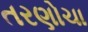
તરણોચા